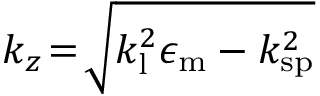
k _ { z } \! = \! \sqrt { k _ { \mathrm { l } } ^ { 2 } \epsilon _ { \mathrm { m } } - k _ { \mathrm { \mathrm { s p } } } ^ { 2 } }